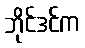
ဘိုင်ဒင်က